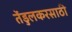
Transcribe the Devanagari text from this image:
तेंडुलकरसाठी